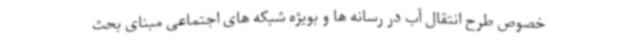
خصوص طرح انتقال آب در رسانه ها و بویژه شبکه های اجتماعی مبنای بحث